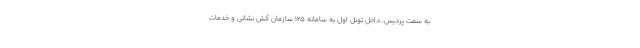
به سمت پردیس، داخل تونل اول به سامانه ١٢۵ سازمان آتش نشانی و خدمات